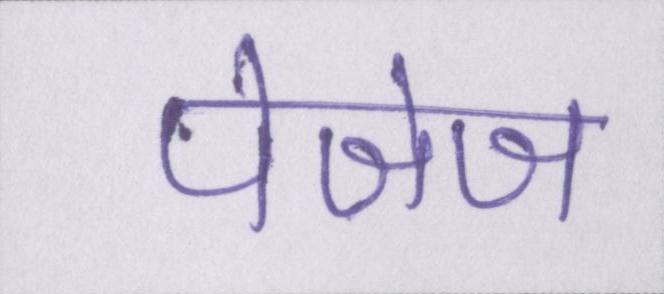
पेजेज